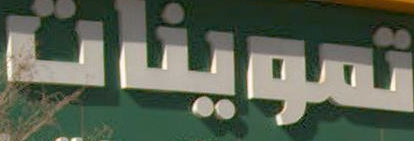
تموينات